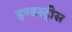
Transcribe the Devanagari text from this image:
इण्डस्ट्रीस